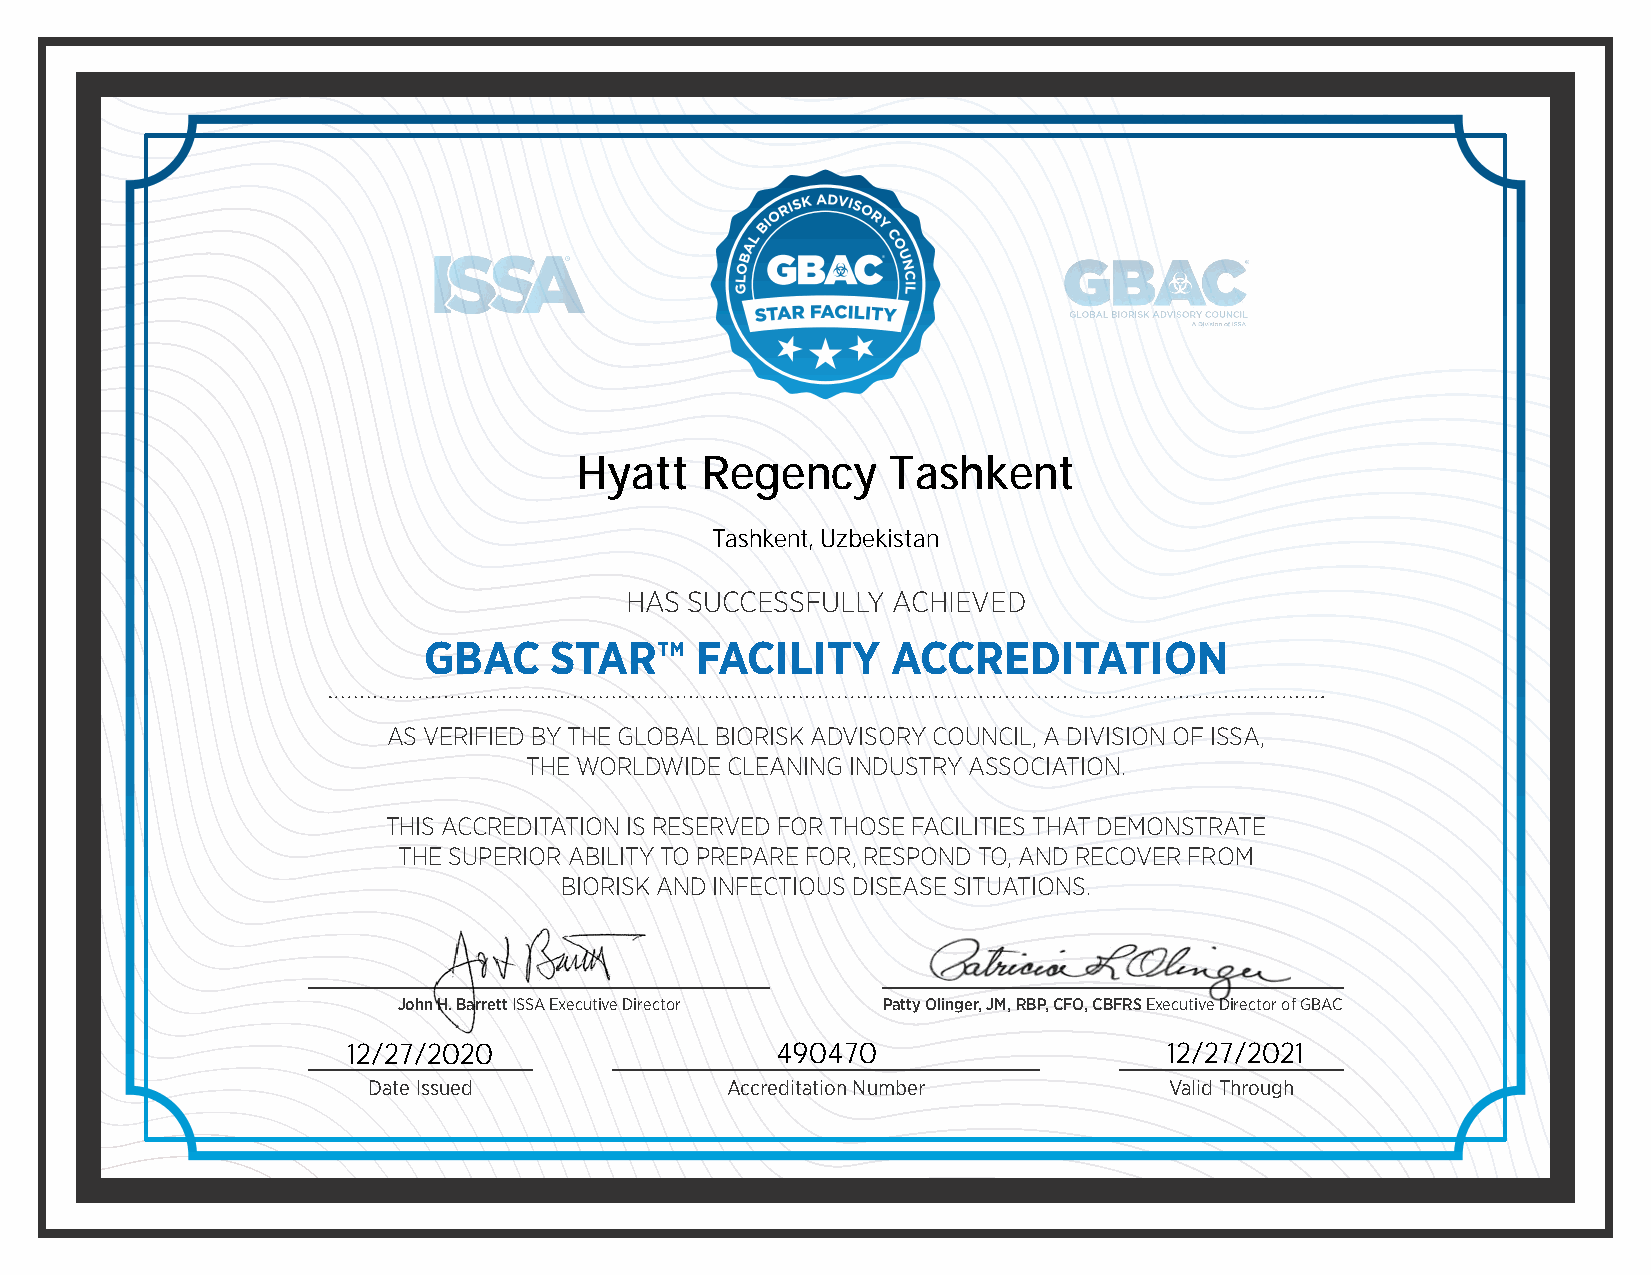
Hyatt   Regency      Tashkent
 Tashkent, Uzbekistan
 HAS SUCCESSFULLY  ACHIEVED
 GBAC    STAR™     FACILITY     ACCREDITATION
 AS VERIFIED BY THE GLOBAL BIORISK ADVISORY COUNCIL, A DIVISION OF ISSA,
 THE WORLDWIDE CLEANING INDUSTRY ASSOCIATION.
 THIS ACCREDITATION IS RESERVED FOR THOSE FACILITIES THAT DEMONSTRATE
 THE SUPERIOR ABILITY TO PREPARE FOR, RESPOND TO, AND RECOVER FROM
 BIORISK AND INFECTIOUS DISEASE SITUATIONS.
 John H. Barrett ISSA Executive Director Patty Olinger, JM, RBP, CFO, CBFRS Executive Director of GBAC
 12/27/2020                  490470                    12/27/2021
 Date Issued             Accreditation Number         Valid Through